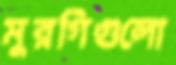
মুরগিগুলো